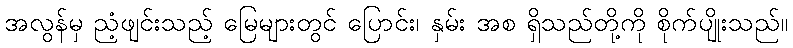
အလွန်မှ ညံ့ဖျင်းသည့် မြေများတွင် ပြောင်း၊ နှမ်း အစ ရှိသည်တို့ကို စိုက်ပျိုးသည်။